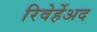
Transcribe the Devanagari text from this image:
रिवेर्हेअद